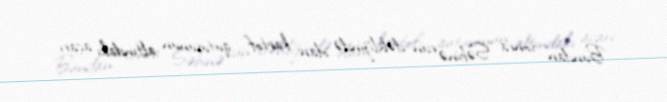
Bundan sonra Səbinə evin dəhlizində olan kartof qutusunun altındakı açarı